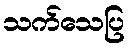
သက်သေပြ